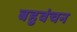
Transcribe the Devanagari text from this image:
बहुवंचन